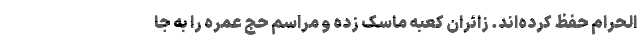
الحرام حفظ کرده‌اند. زائران کعبه ماسک زده و مراسم حج عمره را به جا